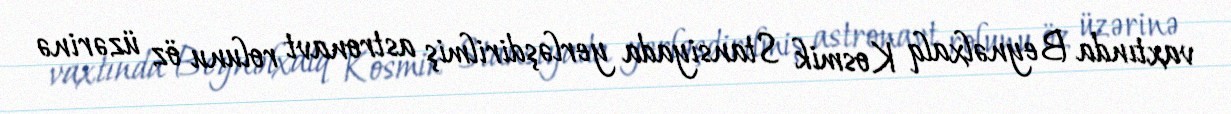
vaxtında Beynəlxalq Kosmik Stansiyada yerləşdirilmiş astronavt rolunu öz üzərinə